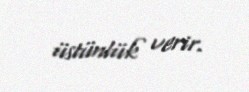
üstünlük verir.